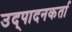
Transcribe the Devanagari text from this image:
उद्पादनकर्ता